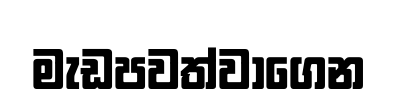
මැඩපවත්වාගෙන